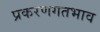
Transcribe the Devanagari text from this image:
प्रकरणगतभाव